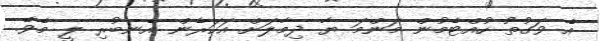
އެ ވަގުތު ހުއްޓެމުން މަންމަ ޔާ ދިމާލަށް އަހަރެން އެނބުރި ލީ މެވެ.